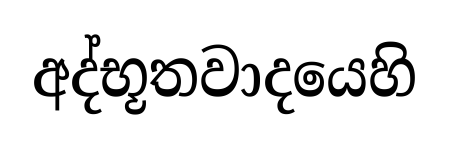
අද්භූතවාදයෙහි